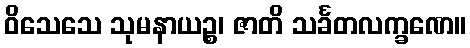
ဝိသေသေ သုမနာယဉ္စ၊ ဇာတိ သင်္ခတလက္ခဏေ။